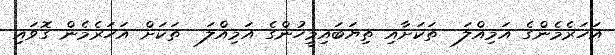
އަހަރެމެންގެ އަމިއްލަ  ތަކަށާއި ތިޔަބައިމީހުންގެ އަމިއްލަ  ތަކަށް އަހަރެމެން ގޮވައި